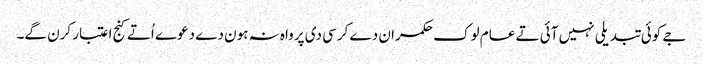
جے کوئی تبدیلی نہیں آئی تے عام لوک حکمران دے کرسی دی پرواہ نہ ہون دے دعوے اُتے کنج اعتبار کرن گے۔